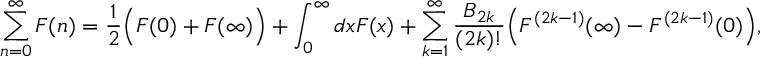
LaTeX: \sum _ { n = 0 } ^ { \infty } F ( n ) = \frac { 1 } { 2 } \Bigl ( F ( 0 ) + F ( \infty ) \Bigr ) + \int _ { 0 } ^ { \infty } d x F ( x ) + \sum _ { k = 1 } ^ { \infty } \frac { B _ { 2 k } } { ( 2 k ) ! } \Bigl ( F ^ { ( 2 k - 1 ) } ( \infty ) - F ^ { ( 2 k - 1 ) } ( 0 ) \Bigr ) ,